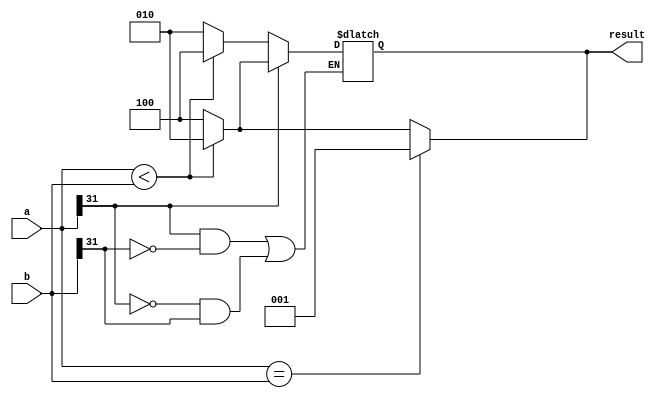
module signed_comparator (
    input signed [31:0] a,
    input signed [31:0] b,
    output reg [2:0] result
);

always @(a, b) begin
    if (a == b) begin
        result <= 3'b001; // equal
    end else if (a < b) begin
        result <= 3'b010; // less than
    end else begin
        result <= 3'b100; // greater than
    end
end

always @(a, b) begin
    if (((a[31] == 1) && (b[31] == 0)) || ((a[31] == 0) && (b[31] == 1))) begin
        // handle overflow condition
        if (a[31] == 1) begin
            if ($signed(a) < $signed(b)) begin
                result <= 3'b010; // less than
            end else begin
                result <= 3'b100; // greater than
            end
        end else begin
            if ($signed(a) < $signed(b)) begin
                result <= 3'b100; // greater than
            end else begin
                result <= 3'b010; // less than
            end
        end
    end
end

endmodule